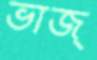
ভাজ্‌